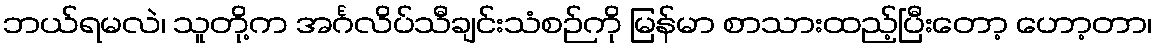
ဘယ်ရမလဲ၊ သူတို့က အင်္ဂလိပ်သီချင်းသံစဉ်ကို မြန်မာ စာသားထည့်ပြီးတော့ ဟော့တာ၊